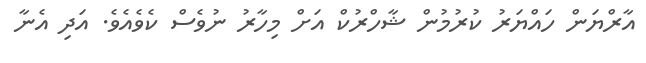
އާރްޔަން ހައްޔަރު ކުރުމުން ޝާހްރުކް އަށް މިހާރު ނުވެސް ކެވެއެވެ. އަދި އެނާ